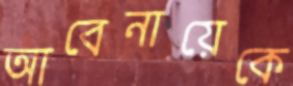
আবেনায়েকে